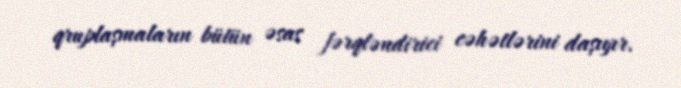
qruplaşmaların bütün əsas fərqləndirici cəhətlərini daşıyır.